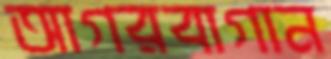
আগরবাগান